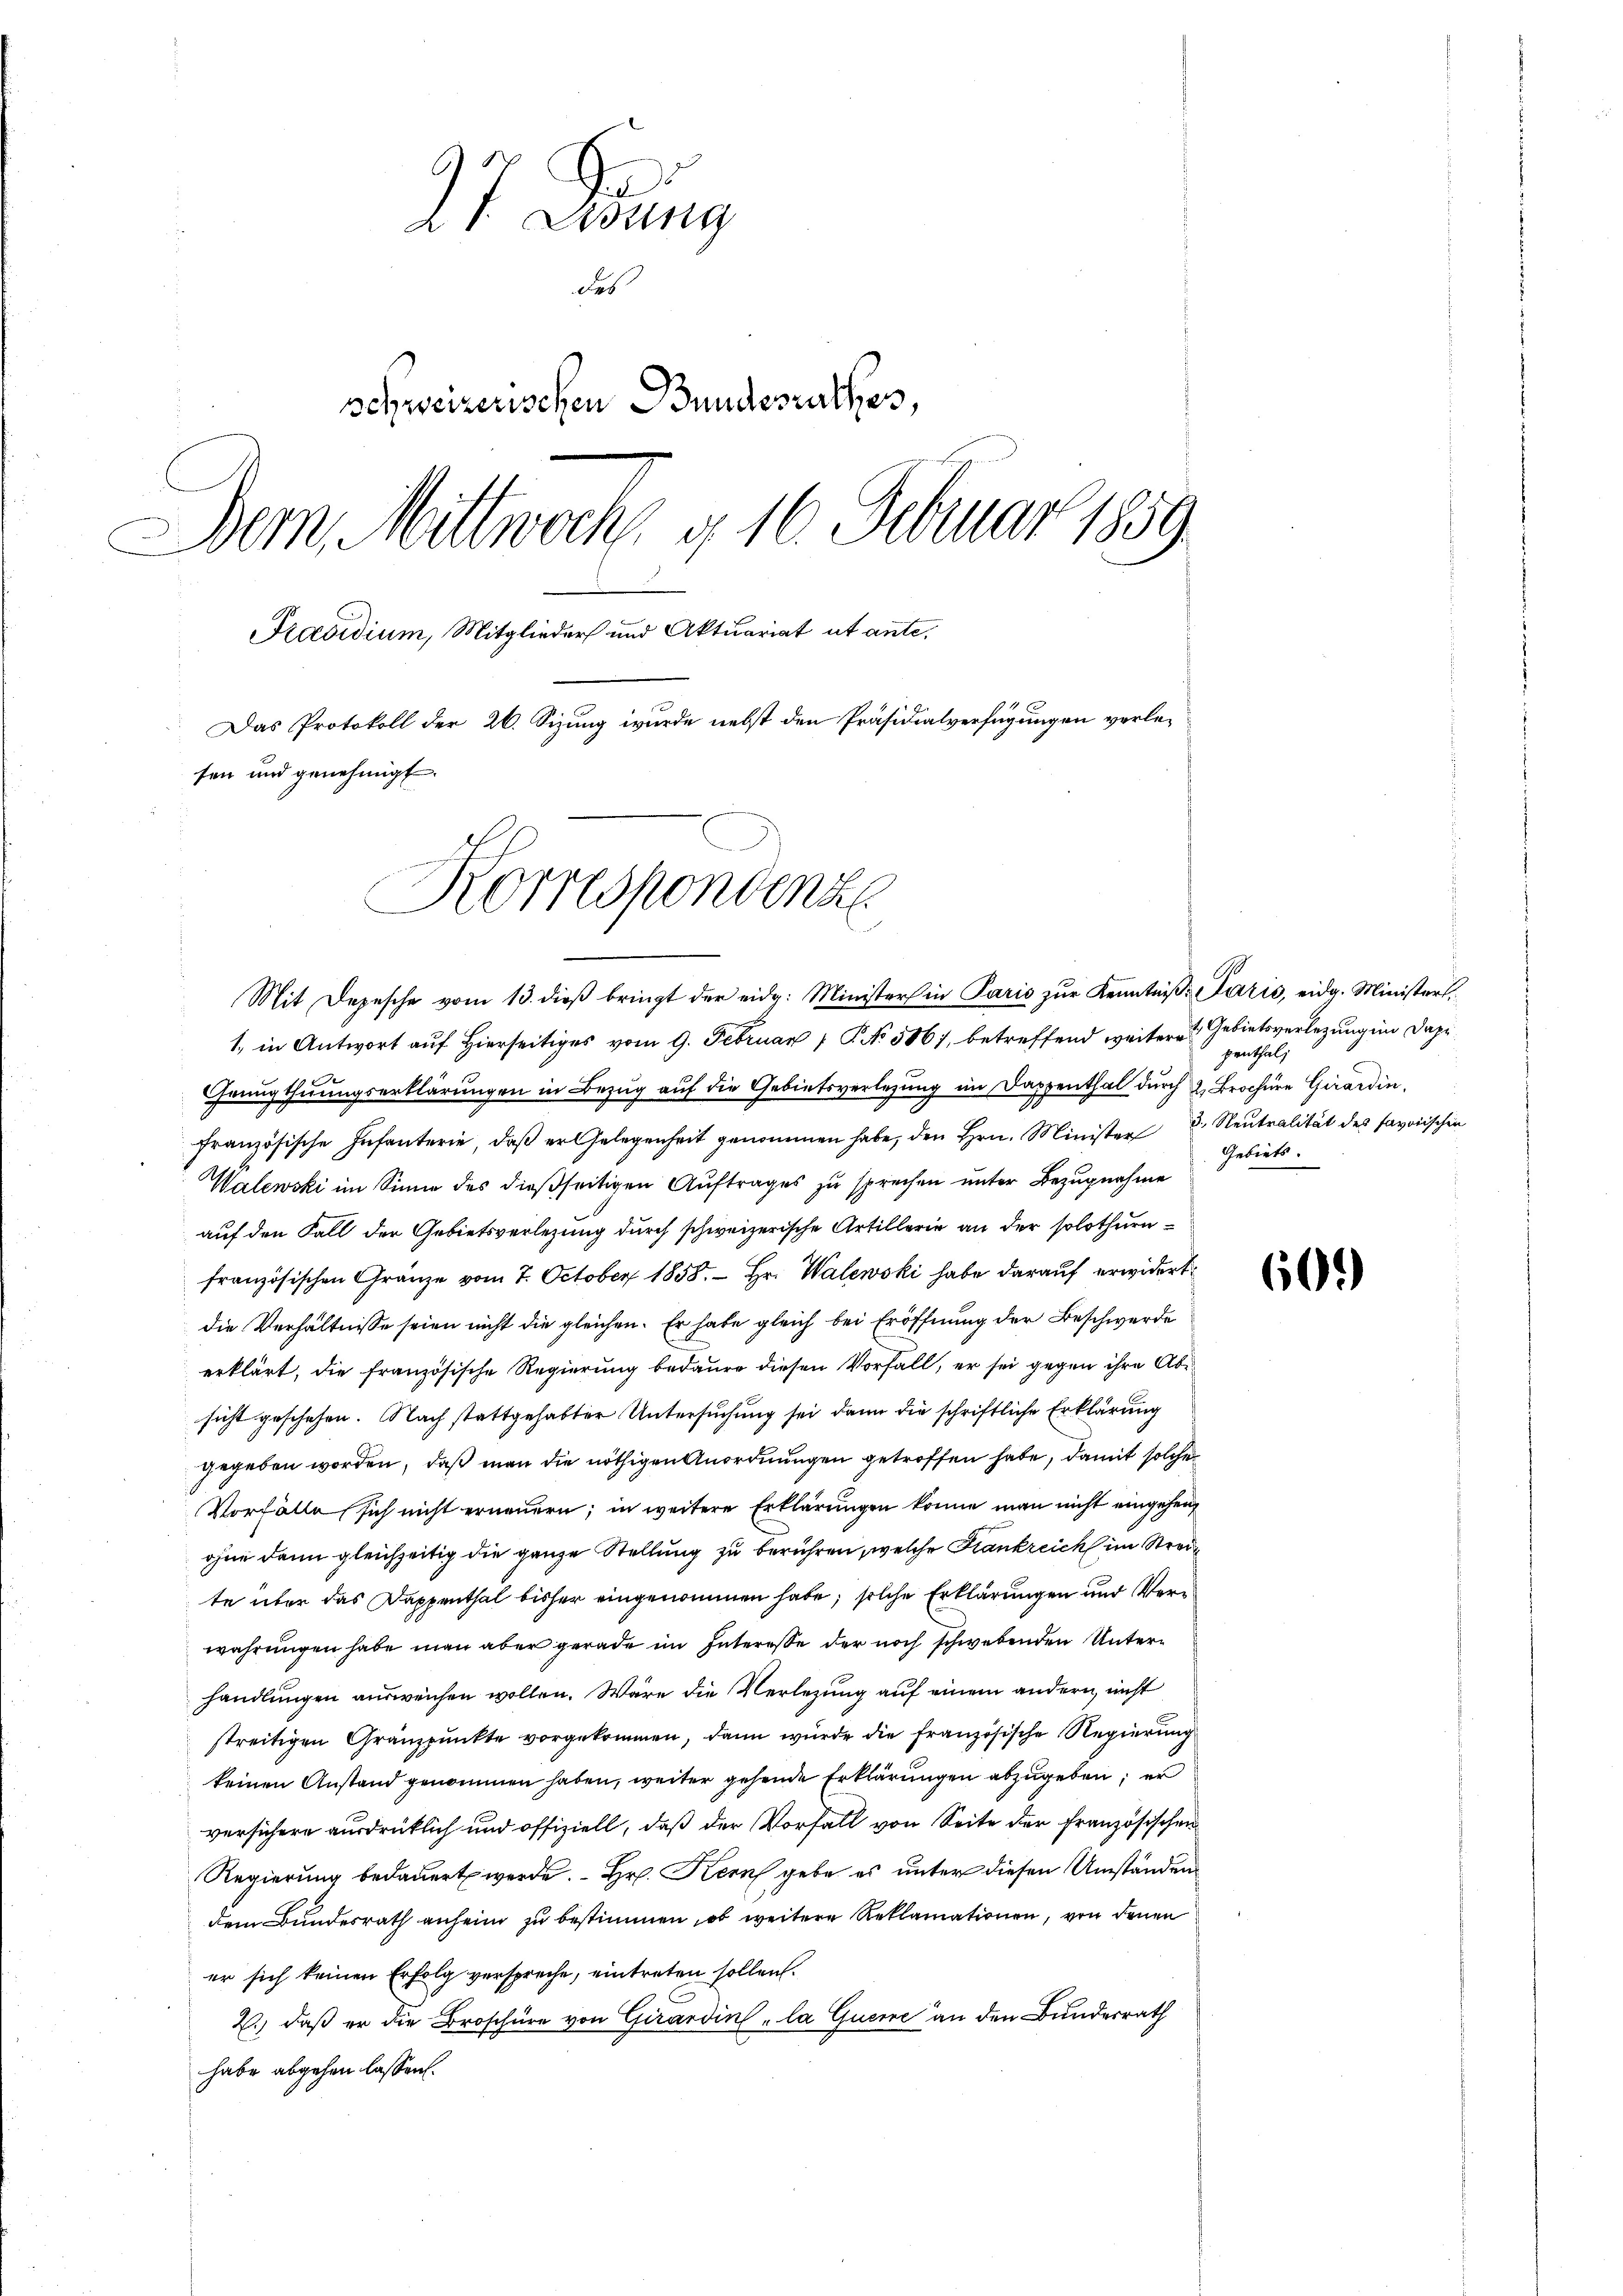
o
2 t. Lung
des
schweizerischen Bundesrathes,
Dem Mittwerk g 16. Februar 1859.
Pradidium, Mitglieder und Aktuariat ut ante.
Das Protokoll der 26. Sizung wurde nebst den Präsidialverfügungen verlesen und genehmigt.
Komspondenz

Mit Depesche vom 13. dieβ bringt der eidg. Ministers in Paris zŭr Kenntniβ: Paris, eidg. Ministerl.
1. in Antwort auf Hierseitiges vom 9. Februar 1 P. No 5867, betreffend weitere Gebietsverlegung in dazu
Grnugthuungserklärungen in Bezug auf die Gebietsverlegung im Dappenthal durch 2. Brochüre Girardin
französische Infanterie, daß er Gelegenheit genommen habe, den Hrn. Minister Neutralität des savorischen
Walewski im Sinne des dießseitigen Auftrages zu sprechen unter Bezugnahme
auf den Fall der Gebietsverlegung durch schweizerische Artillerie an der solothurnfranzösischen Gränze vom 7. October 1858.  Hr. Walewski habe darauf erwidert
die Verhältnisse seien nicht die gleichen. Er habe gleich bei Eröffnung der Beschwerde
erklärt, die französische Regierung bedaure diesen Vorfall, er sei gegen ihre Absicht geschehen. Nach stattgehabter Untersuchung sei dann die schriftliche Erklärung
gegeben worden, daß man die nöthigen Anordnungen getroffen habe, damit solche
Vorfälle sich nicht erneuern; in weitere Erklärungen könne man nicht eingehen,
ohne dann gleichzeitig die ganze Stellung zu berühren, welche Frankreich im Streite über das Dappenthal bisher eingenommen habe; solche Erklärungen und Vere
wahrungen habe man aber gerade im Interesse der noch schwebenden Unterhandlungen ausweichen wollen. Wäre die Verlegung auf einem andern, nicht
streitigen Gränzpunkte vorgekommen, dann wurde die französische Regierung
keinen Anstand genommen haben, weiter gehende Erklärungen abzugeben, er
versichere ausdrücklich und offiziell, daß der Vorfall von Seite der Französischen
Regierung bedauert werde. Hr. Kern gebe es unter diesen Umständen
dem Bundesrath anheim zu bestimmen, ob weitere Reklamationen, von denen
er sich keinen Erfolg verspreche, eintreten sollen.
2.) daß er die Broschüre von Girardine „la Quere an den Bundesrath
habe abgehen lassen.

penthal,
Gebiets.

60.